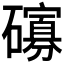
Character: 𱴾